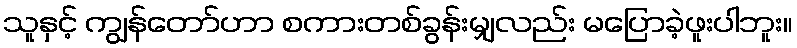
သူနှင့် ကျွန်တော်ဟာ စကားတစ်ခွန်းမျှလည်း မပြောခဲ့ဖူးပါဘူး။